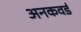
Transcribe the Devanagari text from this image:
अनकवर्ड